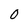
Character: 0